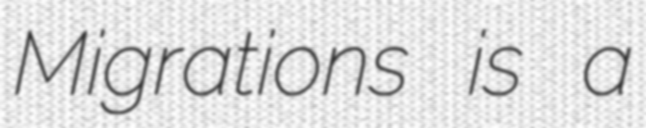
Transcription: Migrations is a